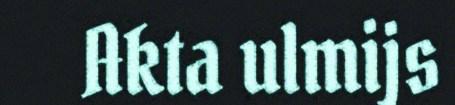
Akta ulmijs